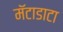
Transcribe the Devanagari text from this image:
मॅटाडाटा